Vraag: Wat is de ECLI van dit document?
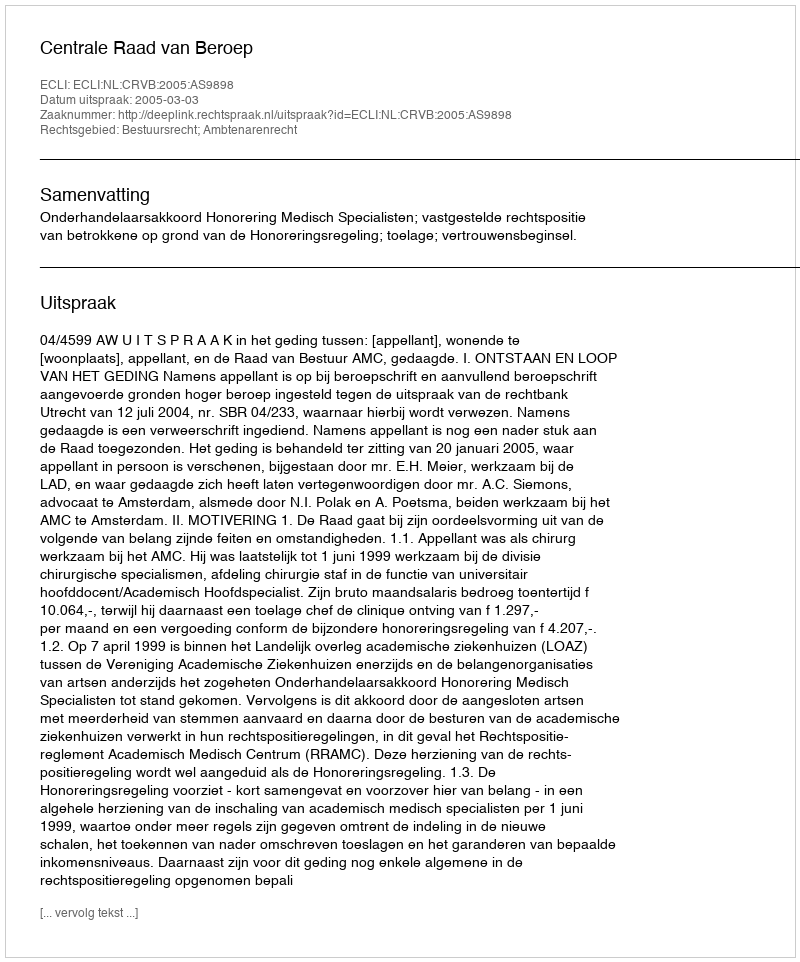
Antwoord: ECLI:NL:CRVB:2005:AS9898